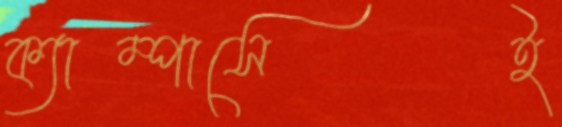
ক্যাম্পাসেই